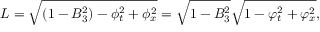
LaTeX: { \cal L } = \sqrt { ( 1 - B _ { 3 } ^ { 2 } ) - \phi _ { t } ^ { 2 } + \phi _ { x } ^ { 2 } } = \sqrt { 1 - B _ { 3 } ^ { 2 } } \sqrt { 1 - \varphi _ { t } ^ { 2 } + \varphi _ { x } ^ { 2 } } ,